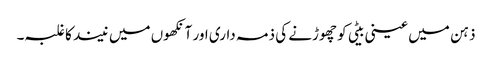
ذہن میں عینی بیٹی کو چھوڑنے کی ذمہ داری اور آنکھوں میں نیند کا غلبہ۔